Annual administration and progress report of the Indian Medical Department, Bombay
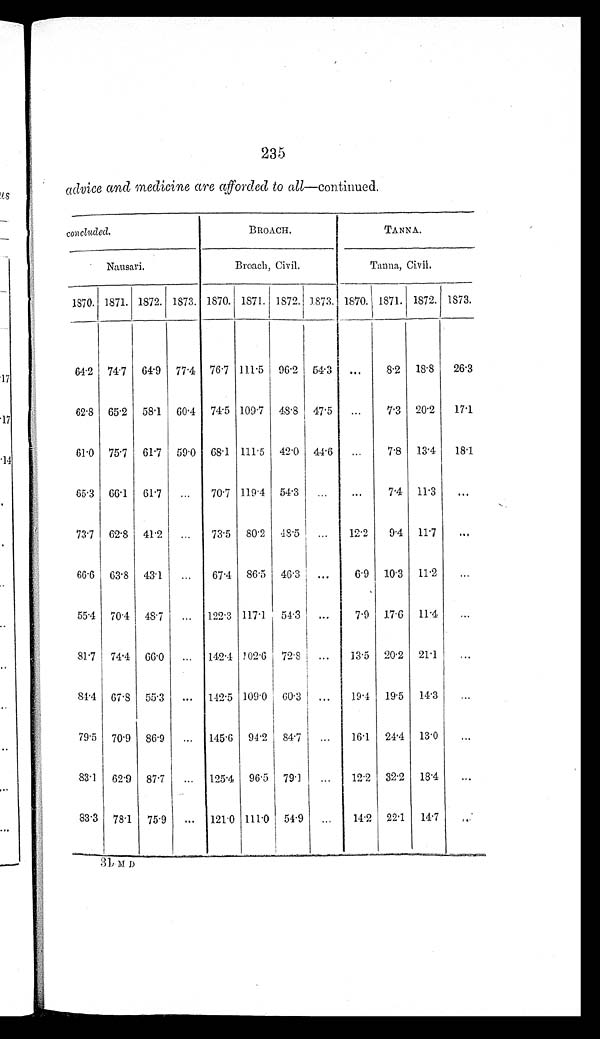
235
advice and medicine are afforded to all— continued.
concluded.
BROACH.
TANNA.
N a u s a r i .
Broach, Civil.
T a n n a , C i v i l .
1870. 1871. 1872. 1873. 1870. 1871. 1872. 1873. 1870. 1871. 1872. 1873.
64.2 74.7 64.9 77.4 76.7 111.5 96.2 54.3 ...
8.2 18.8 26.3
62.8 65.2 58.1 60.4 74.5 109.7 48.8 47.5 ...
7.3 20.2 17.1
61.0 75.7 61.7 59.0 68.1 111.5 42.0 44.6 ...
7.8 13.4 18.1
65.3 66.1 61.7
. . .
70.7 119.4 54.3 ...
...
7.4 11.3
...
73.7 62.8 41.2 ...
73.5 80.2 48.5 ...
12.2
9.4 11.7
...
66.6 63.8 43.1
. . .
67.4 86.5 46.3
. . .
6.9 10.3 11.2
...
55.4 70.4 48.7 ... 122.3 117.1 54.3 ...
7.9 17.6 11.4
...
81.7 74.4 66.0
. . .
142.4 102.6 72.8 ...
13.5 20.2 21.1
...
84.4 67.8 55.3 ... 112.5 109.0 60.3 ...
19.4 19.5 14.3
...
79.5 70.9 86.9 ... 145.6 94.2 84.7 ...
16.1 24.4 13.0
...
83.1 62.9 87.7 ... 125.4 96.5 79.1 ...
12.2 32.2 18.4
...
83.3 78.1 75.9 ... 121.0 111.0 54.9 ...
14.2 22.1 14.7
. . .
3 1 M D